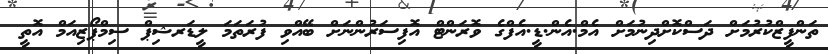
ތަންފީޒްކުރުމަށް ދަސްކޮށްދިނުމަށް އެމް.އެން.ޑީ.އެފްގެ ވޮރަންޓް އޮފިސަރުންނަށް ބޭއްވި ފުރަތަމަ ލީޑަރޝިޕް ސިމްޕޯޒިއަމް އޮތީ